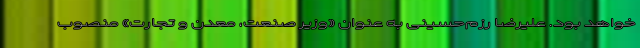
خواهد بود. علیرضا رزم‌حسینی به عنوان «وزیر صنعت، معدن و تجارت» منصوب